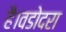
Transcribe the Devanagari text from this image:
है।वडोदरा